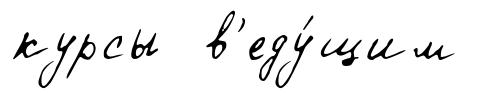
курсы в'еду́щим